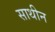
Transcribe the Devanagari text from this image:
साथीन